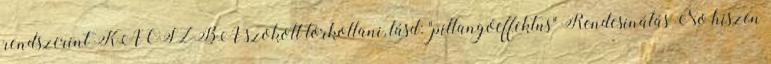
rendszerint KÁOSZBA szokott torkollani, lásd: "pillangóeffektus" Rendcsinálás No hiszen